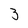
Character: 3